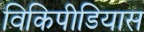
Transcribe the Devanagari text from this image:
विकिपीडियास